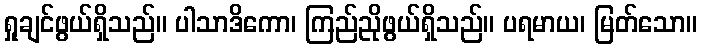
ရှုချင်ဖွယ်ရှိသည်။ ပါသာဒိကော၊ ကြည်ညိုဖွယ်ရှိသည်။ ပရမာယ၊ မြတ်သော။